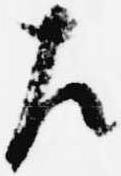
左